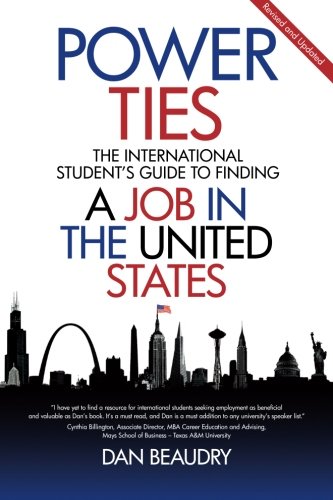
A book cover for Power Ties: The International Student's Guide to Finding a Job in the United States - Revised and Updated; Dan Beaudry; Business & Money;